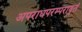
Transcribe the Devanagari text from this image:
अपराधपरम्परावृतं